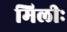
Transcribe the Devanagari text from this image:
मिलीः